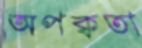
অপক্বতা